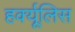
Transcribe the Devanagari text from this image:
हर्क्यूलिस